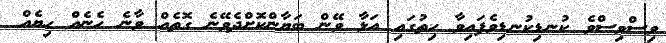
ވިސްވިސްވެ ކުނޑިކުނޑިވެފައިވާ ހިތުގައި އަޅާ ވޭން ބަޔާންކޮށްދެވޭނެ ގޮތެއް ވާނެ ހެނެއް ހިޔެއް